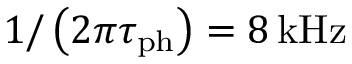
1 / \left( 2 \pi \tau _ { \mathrm { p h } } \right) = 8 \, \mathrm { k H z }